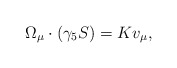
\begin{align*}\Omega_{\mu}\cdot(\gamma_5 S) = K v_{\mu} ,\end{align*}